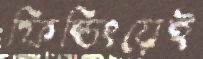
ফিল্ডিংয়েই